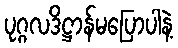
ပုဂ္ဂလဒိဋ္ဌာန်မပြောပါနဲ့